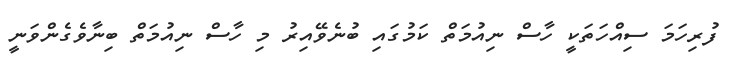
ފުރިހަމަ ސިއްހަތަކީ ހާސް ނިއުމަތް ކަމުގައި ބުނެވޭއިރު މި ހާސް ނިއުމަތް ބިނާވެގެންވަނީ